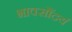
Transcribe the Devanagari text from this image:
भावसौंदर्य